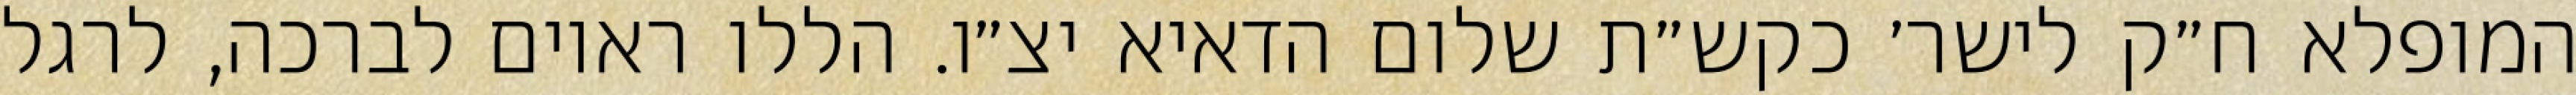
המופלא ח״ק לישר׳ כקש״ת שלום הדאיא יצ״ו. הללו ראוים לברכה, לרגל